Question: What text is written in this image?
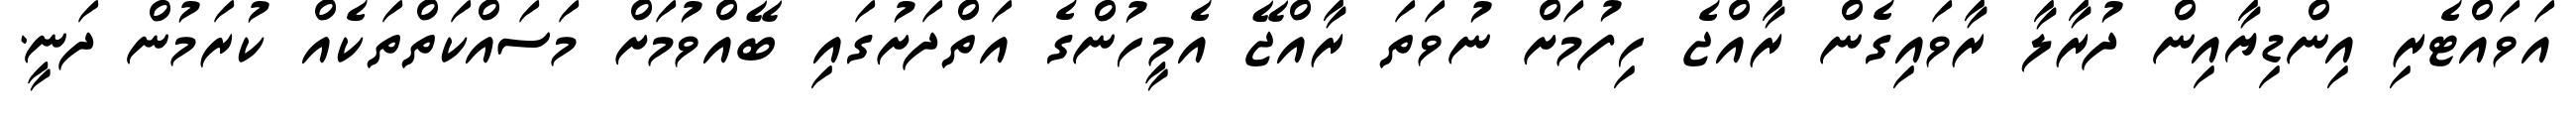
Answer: އަވައްޓެރި އިންޑިޔާއިން ދުރާލާ ރާވައިގެން ރާއްޖެ ހިފުމަށް ނުވަތަ ރާއްޖޭ އެމީހުންގެ އަތްދަށުގައި ބޭއްވުމަށް މަސައްކަތްތަކެއް ކުރަމުން ދަނީ.